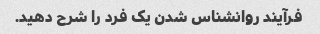
فرآیند روانشناس شدن یک فرد را شرح دهید.